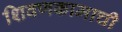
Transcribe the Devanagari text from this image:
शिवणकामाची